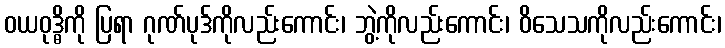
ဝယဝုဒ္ဓိကို ပြရာ ဂုဏ်ပုဒ်ကိုလည်းကောင်း၊ ဘွဲ့ကိုလည်းကောင်း၊ ဝိသေသကိုလည်းကောင်း၊